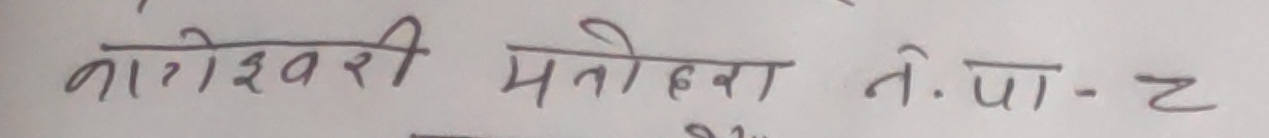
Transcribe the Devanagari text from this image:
गारेश्वरी मतोल्वा ने. पा-२